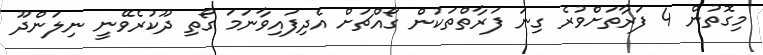
މިގޮތުން 4 ފަރާތަށްވުރެ ގިނަ ފަރާތްތަކުން ގޯއްޗަށް އެދިފައިވާނަމަ ގޯތި ދޫކުރެވޭނީ ނިލަންދޫ